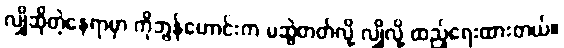
လျှိုဆိုတဲ့နေရာမှာ ကိုဘွန်ဟောင်းက မဆွဲတတ်လို့ လျှိုလို့ ထည့်ရေးထားတယ်။